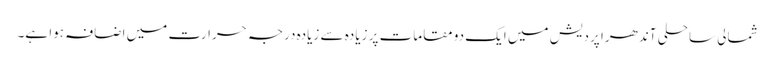
شمالی ساحلی آندھرا پردیش میں ایک دو مقامات پر زیادہ سے زیادہ درجہ حرارت میں اضافہ ہوا ہے۔